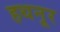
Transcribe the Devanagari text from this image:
हथनूर